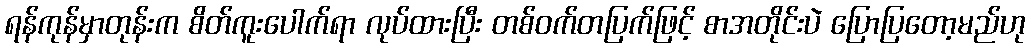
ရန်ကုန်မှာတုန်းက စိတ်ကူးပေါက်ရာ လုပ်ထားပြီး တစ်ဝက်တပြက်ဖြင့် စာအတိုင်းပဲ ပြောပြတော့မည်ဟု